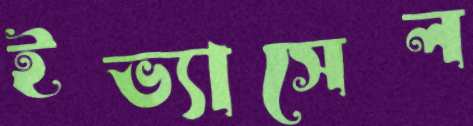
ইভ্যাসেল